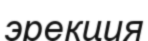
эрекция